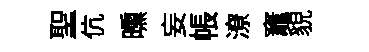
聖伉曛妄帳潦竈貌